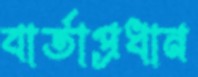
বার্তাপ্রধান